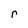
Character: r